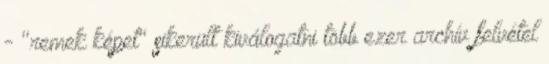
- "remek képet" sikerült kiválogatni több ezer archív felvétel